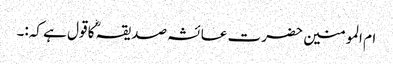
ام المومنین حضرت عائشہ صدیقہؓ کا قول ہے کہ:۔